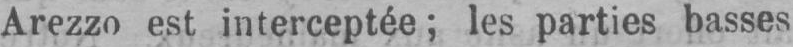
Arezzo est interceptée; les parties basses